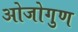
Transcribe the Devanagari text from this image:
ओजोगुण